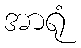
အာရုံ